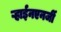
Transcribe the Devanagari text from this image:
ऱ्हाईनएनर्जी